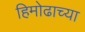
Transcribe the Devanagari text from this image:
हिमोढाच्या